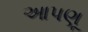
આપણૂ